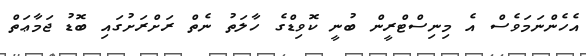
އެހެންނަމަވެސް އެ މިނިސްޓްރީން ބުނީ ކޮވިޑްގެ ހާލަތު ނެތް ރަށްރަށުގައި ބޮޑު ޖަމާޢަތް